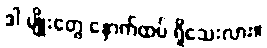
ဒါ မျိုးတွေ နောက်ထပ် ရှိသေးလား။